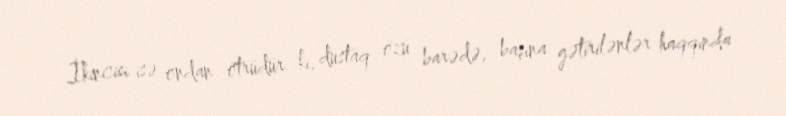
İkincisi isə ondan ötrüdür ki, dustaq özü barədə, başına gətirilənlər haqqında